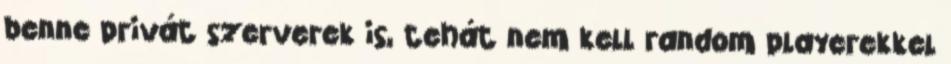
benne privát szerverek is, tehát nem kell random playerekkel